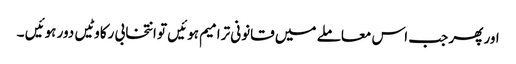
اور پھر جب اس معاملے میں قانونی ترامیم ہوئیں تو انتخابی رکاوٹیں دور ہوئیں ۔